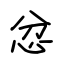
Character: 忿